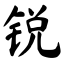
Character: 锐